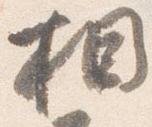
相